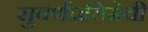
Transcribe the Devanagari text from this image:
सुवर्णप्रतिमेची